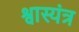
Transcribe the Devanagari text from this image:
श्वास्यंत्र